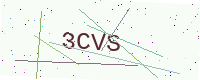
Text: 3CVS